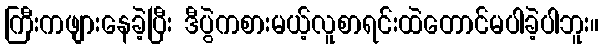
ကြီးကဖျားနေခဲ့ပြီး ဒီပွဲကစားမယ့်လူစာရင်းထဲတောင်မပါခဲ့ပါဘူး။